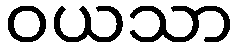
ဝယသာ